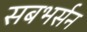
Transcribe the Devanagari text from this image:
सबभर्सन